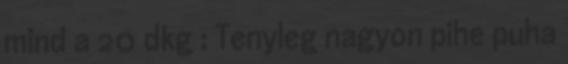
mind a 20 dkg : Tenyleg nagyon pihe puha